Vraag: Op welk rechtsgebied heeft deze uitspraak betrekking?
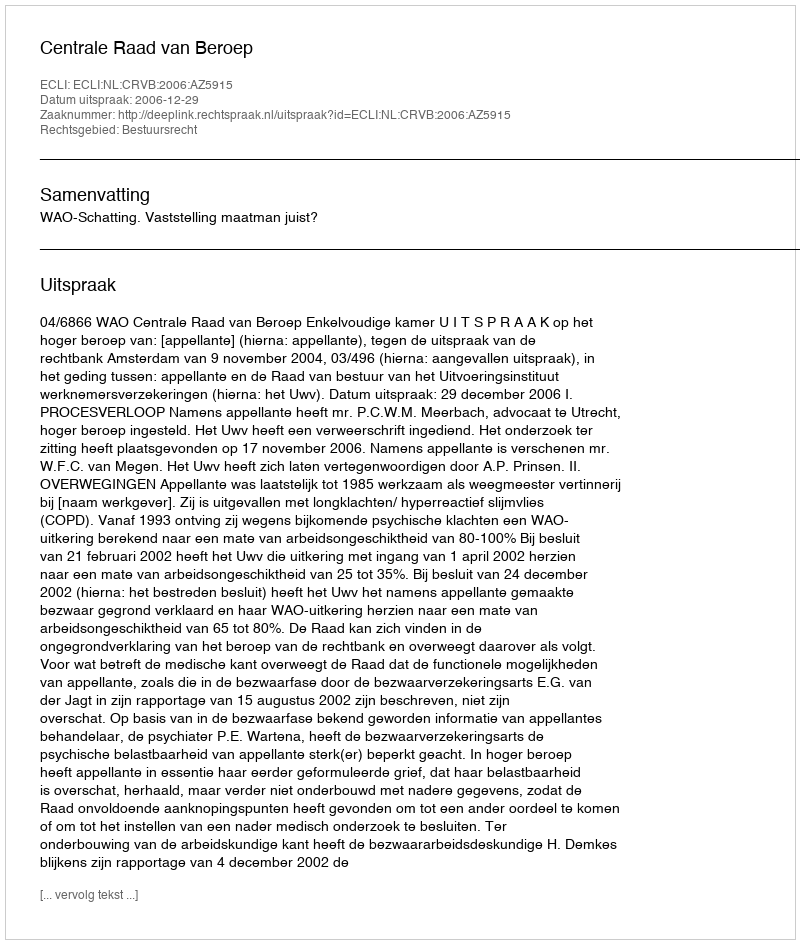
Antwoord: Bestuursrecht